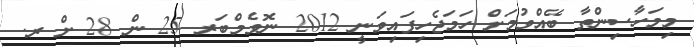
މިމަހާސިންތާ ބޭއްވުމަށް ހަމަޖެހިފައިވަނީ 2012 ނޮވެމްބަރ 25 ން 28 ށް ރ.